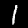
Label: 1